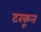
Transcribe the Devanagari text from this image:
टरकून